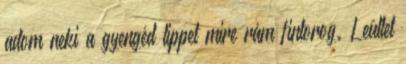
adom neki a gyengéd tippet mire rám fintorog. Leültet